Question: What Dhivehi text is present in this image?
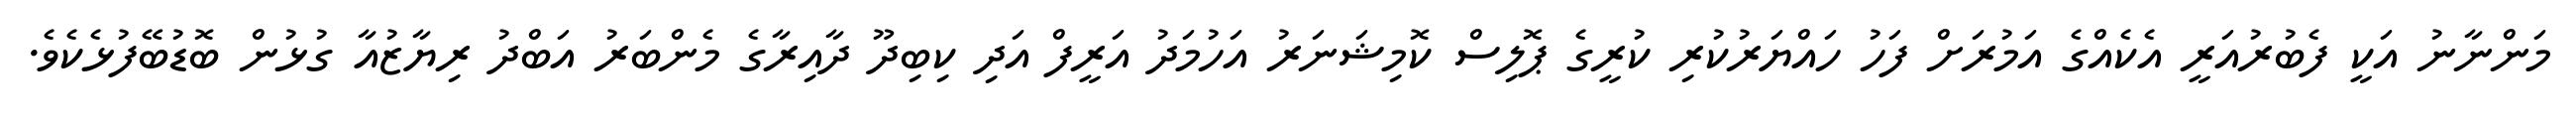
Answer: މަންނާނު އަކީ ފެބުރުއަރީ އެކެއްގެ އަމުރަށް ފަހު ހައްޔަރުކުރި ކުރީގެ ޕޮލިސް ކޮމިޝަނަރު އަހުމަދު އަރީފް އަދި ކިބިދޫ ދާއިރާގެ މެންބަރު އަބްދު ރިޔާޒުއާ ގުޅުން ބޮޑުބޭފުޅެކެވެ.